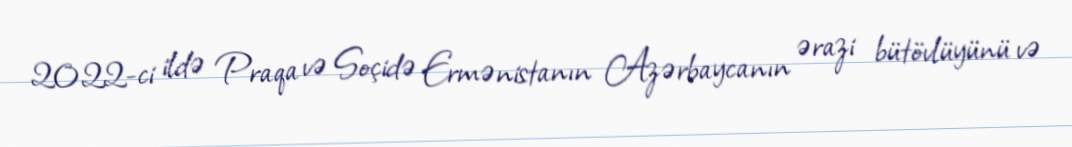
2022-ci ildə Praqa və Soçidə Ermənistanın Azərbaycanın ərazi bütövlüyünü və